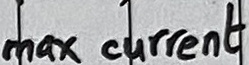
Text: max current